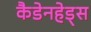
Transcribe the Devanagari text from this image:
कैडेनहेड्स